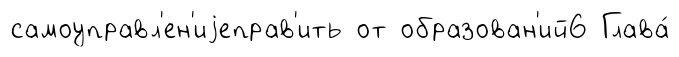
самоуправл'ен'иjеправ'ить от образован'ий6 Глава́